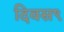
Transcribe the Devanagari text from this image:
दिवस९